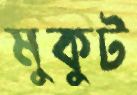
মুকুট